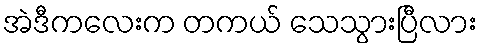
အဲဒီကလေးက တကယ် သေသွားပြီလား